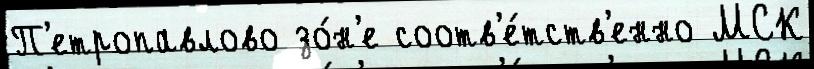
П'етропавлово зо́н'е соотв'е́тств'енно МСК